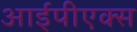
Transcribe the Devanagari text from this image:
आईपीएक्स